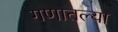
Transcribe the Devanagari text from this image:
गणातल्या